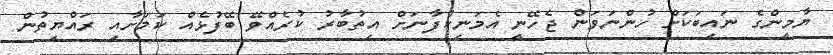
ޔާމީންގެ ނައިބަކަށް ހުންނަވަން ޖެހޭނީ އެމަނިކުފާނަށް އިތުބާރު ކުރެއްވޭ ބޭފުޅެއް ކަމަށާއި ރައްޔިތުން